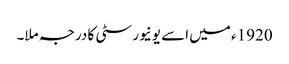
1920ء میں اسے یونیورسٹی کا درجہ ملا۔